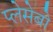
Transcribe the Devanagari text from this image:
प्लेसेबो